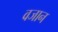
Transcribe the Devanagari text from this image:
वजान